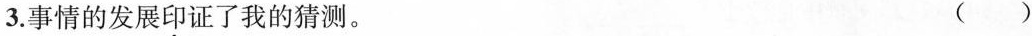
3.事情的发展印证了我的猜测。 ()